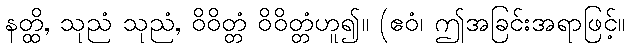
နတ္ထိ, သုညံ သုညံ, ဝိဝိတ္တံ ဝိဝိတ္တံဟူ၍။ (ဧဝံ၊ ဤအခြင်းအရာဖြင့်။